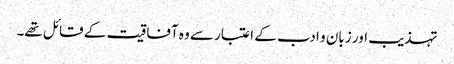
تہذیب اور زبان و ادب کے اعتبار سے وہ آفاقیت کے قائل تھے۔